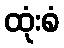
ထုံးစံ